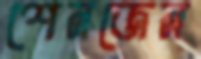
শেনজেন